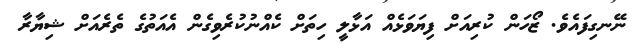
ނޭނގިފައެވެ. ޒޯހަން ކުރިއަށް ފިޔަވަޅެއް އަޅާލީ ހިތަށް ކެއްނުކުރެވިގެން އެއަތުގެ ތެރެއަށް ޝިޔާރާ